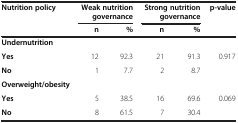
<table><thead><tr><td><b>Nutrition policy</b></td><td colspan="2"><b>Weak nutrition governance</b></td><td colspan="2"><b>Strong nutrition governance</b></td><td><b>p-value</b></td></tr><tr><td><b> </b></td><td><b>n</b></td><td><b>%</b></td><td><b>n</b></td><td><b>%</b></td><td><b> </b></td></tr></thead><tbody><tr><td><b>Undernutrition</b></td><td> </td><td> </td><td> </td><td> </td><td> </td></tr><tr><td><b>Yes</b></td><td>12</td><td>92.3</td><td>21</td><td>91.3</td><td>0.917</td></tr><tr><td><b>No</b></td><td>1</td><td>7.7</td><td>2</td><td>8.7</td><td> </td></tr><tr><td><b>Overweight/obesity</b></td><td> </td><td> </td><td> </td><td> </td><td> </td></tr><tr><td><b>Yes</b></td><td>5</td><td>38.5</td><td>16</td><td>69.6</td><td>0.069</td></tr><tr><td><b>No</b></td><td>8</td><td>61.5</td><td>7</td><td>30.4</td><td> </td></tr></tbody></table>